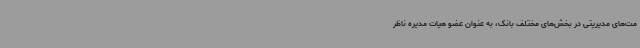
مت‌های مدیریتی در بخش‌های مختلف بانک، به عنوان عضو هیات مدیره ناظر